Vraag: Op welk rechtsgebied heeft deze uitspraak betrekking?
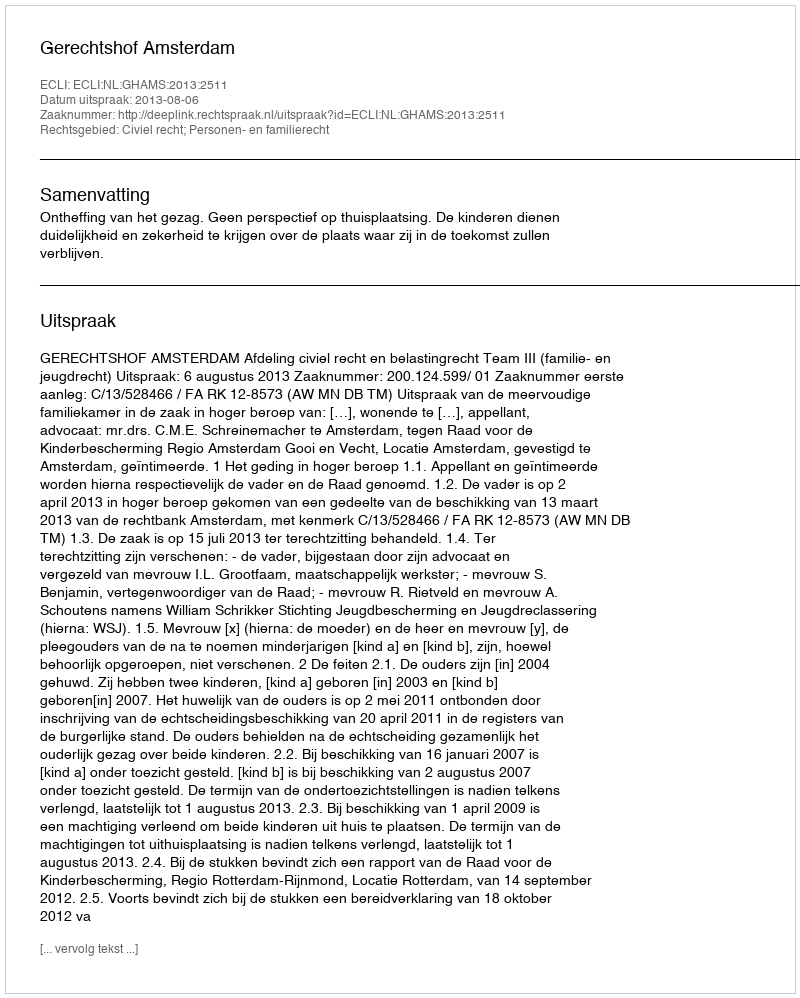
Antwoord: Civiel recht; Personen- en familierecht